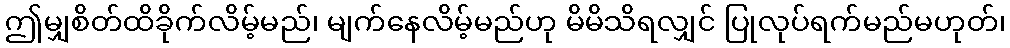
ဤမျှစိတ်ထိခိုက်လိမ့်မည်၊ မျက်နေလိမ့်မည်ဟု မိမိသိရလျှင် ပြုလုပ်ရက်မည်မဟုတ်၊